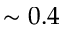
\sim 0 . 4